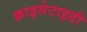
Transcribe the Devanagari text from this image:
क्राइसेटाइडी